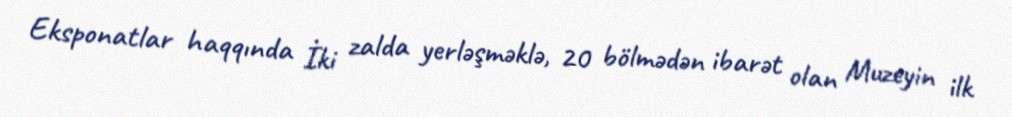
Eksponatlar haqqında İki zalda yerləşməklə, 20 bölmədən ibarət olan Muzeyin ilk